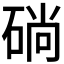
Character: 𥓡